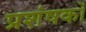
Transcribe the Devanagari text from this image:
प्रशंषकों